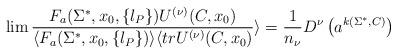
LaTeX: \begin{align*}\lim { F_a(\Sigma^{*}, x_0, \{l_P\}) U^{(\nu)}(C, x_0) \over\langle F_a(\Sigma^{*}, x_0, \{l_P\}) \rangle\langle tr U^{(\nu)}(C, x_0)}\rangle= {1 \over n_{\nu}} D^{\nu} \left( a^{k (\Sigma^{*}, C)} \right)\end{align*}